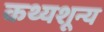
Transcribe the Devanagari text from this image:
कथ्यशून्य